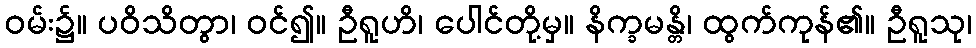
ဝမ်း၌။ ပဝိသိတွာ၊ ဝင်၍။ ဦရူဟိ၊ ပေါင်တို့မှ။ နိက္ခမန္တိ၊ ထွက်ကုန်၏။ ဦရူသု၊